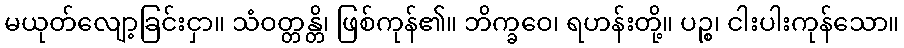
မယုတ်လျော့ခြင်းငှာ။ သံဝတ္တန္တိ၊ ဖြစ်ကုန်၏။ ဘိက္ခဝေ၊ ရဟန်းတို့။ ပဉ္စ၊ ငါးပါးကုန်သော။